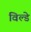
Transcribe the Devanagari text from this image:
विल्डे